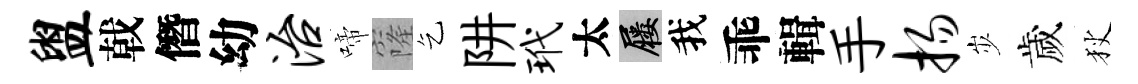
盥戟僭幼治啼窿乞阱玳太屨我乖輯手扬𡵯歲狄